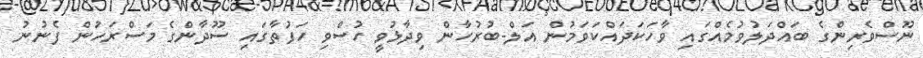
ނޫސްވެރިންގެ ބައްދަލުވުމެއްގައި ވާހަކަދައްކަވަމުން އަލް-ބުރުހާން ވިދާޅުވީ ހުސްވި ހަފުތާގައި ސޫދާންގެ މަސްރަހުން ފެނުނު